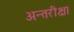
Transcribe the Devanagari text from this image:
अन्तरीक्षा